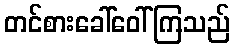
တင်စားခေါ်ဝေါ်ကြသည်